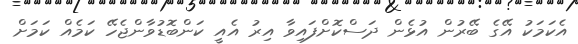
އެކަމަކު އޭގެ ބޭރުން އުޅެން ދަސްކޮށްފައިވާ އިރު އެއީ ކަންބޮޑުވާންޖެހޭ ކަމެއް ކަމަށް